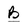
Character: B